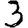
Digit: 3